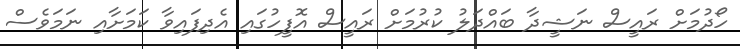
ހޯދުމަށް ރައީސް ނަޝީދާ ބައްދަލު ކުރުމަށް ރައީސް އޮފީހުގައި އެދިފައިވާ ކަމަށާއި ނަމަވެސް